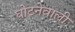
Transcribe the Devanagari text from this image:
घोटनेवाली